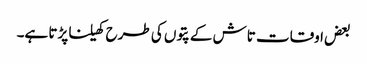
بعض اوقات تاش کے پتوں کی طرح کھیلنا پڑتا ہے۔